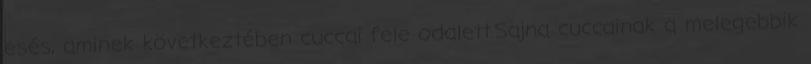
esés, aminek következtében cuccai fele odalett.Sajna cuccainak a melegebbik